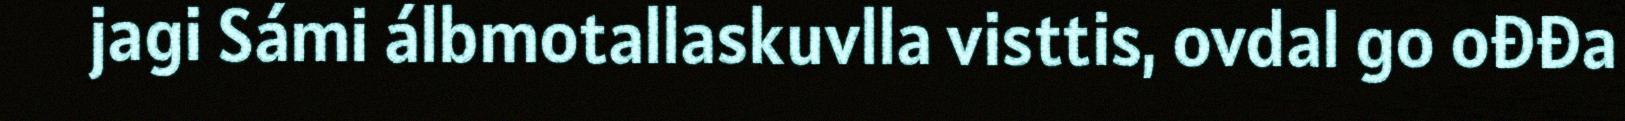
jagi Sámi álbmotallaskuvlla visttis, ovdal go ođđa